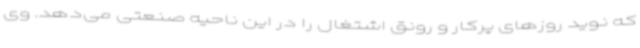
که نوید روزهای پرکار و رونق اشتغال را در این ناحیه صنعتی می‌دهد. وی